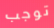
توجب